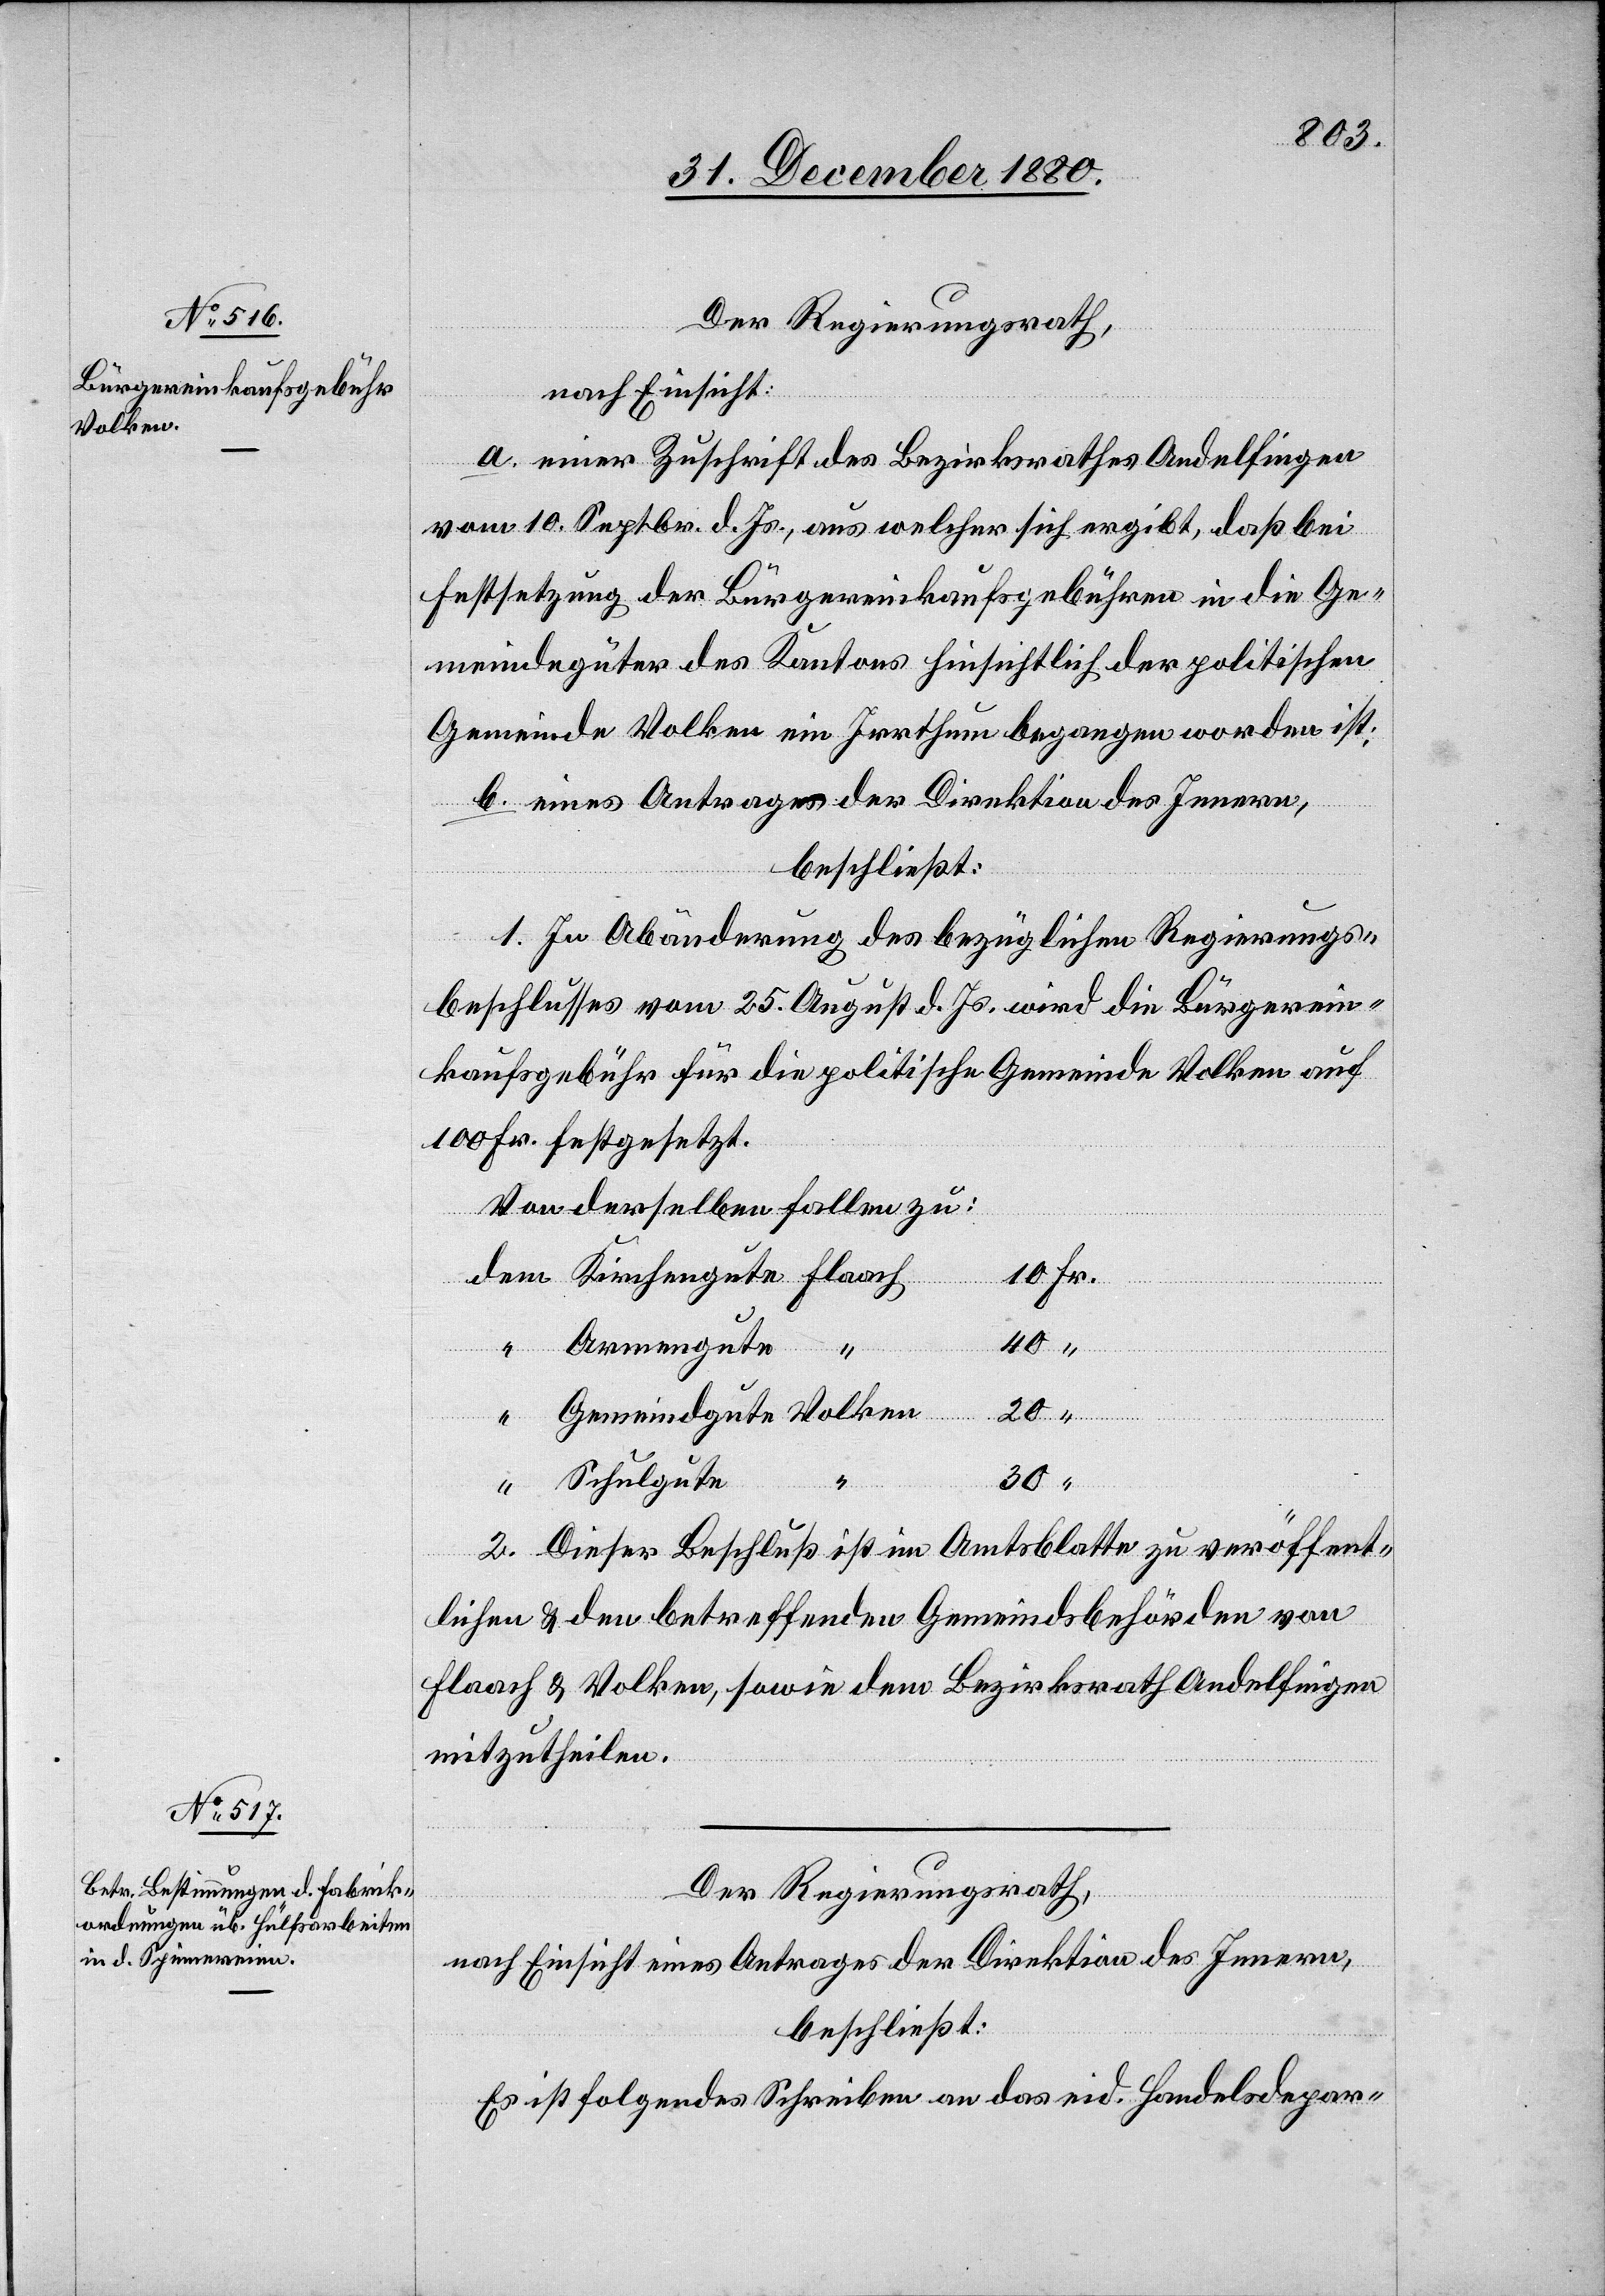
Volken

Der Regierungsrath,
nach Einsicht:
a. einer Zuschrift des Bezirksrathes Andelfingen
vom 10. Septbr. d. Js., aus welcher sich ergibt, daß bei
Festsetzung der Bürgereinkaufsgebühren in die Ge¬
meindegüter des Kantons hinsichtlich der politischen
Gemeinde Volken ein Irrthum begangen worden ist;
b. eines Antrages der Direktion des Innern,
beschließt:
1. In Abänderung des bezüglichen Regierungs¬
beschlusses vom 25. August d. Js. wird die Bürgerein¬
kaufsgebühr für die politische Gemeinde Volken auf
100 Fr. festgesetzt.
Von derselben fallen zu:
dgute
40
Armengute
30
Schulgute
2. Dieser Beschluß ist im Amtsblatte zu veröffent¬
lichen & den betreffenden Gemeindsbehörden von
Flaach & Volken, sowie dem Bezirksrath Andelfingen
mitzutheilen.
Der Regierungsrath,
nach Einsicht eines Antrages der Direktion des Innern,
beschließt:
Es ist folgendes Schreiben an das eid. Handelsdepar-